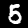
Digit: 5